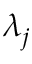
\lambda _ { j }